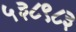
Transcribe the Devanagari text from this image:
५३८९८३